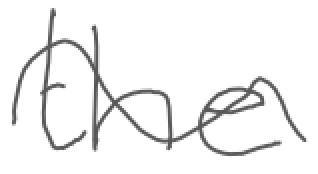
Text: the
Cross-out: wave
Writing tool: digital_gray